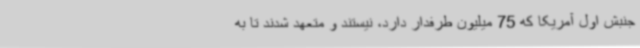
جنبش اول آمریکا که 75 میلیون طرفدار دارد، نیستند و متعهد شدند تا به